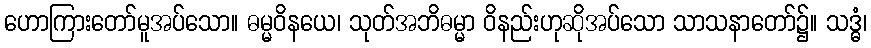
ဟောကြားတော်မူအပ်သော။ ဓမ္မဝိနယေ၊ သုတ်အဘိဓမ္မာ ဝိနည်းဟုဆိုအပ်သော သာသနာတော်၌။ သဒ္ဓံ၊